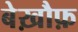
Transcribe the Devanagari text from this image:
बेख़ौफ़